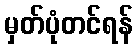
မှတ်ပုံတင်ရန်